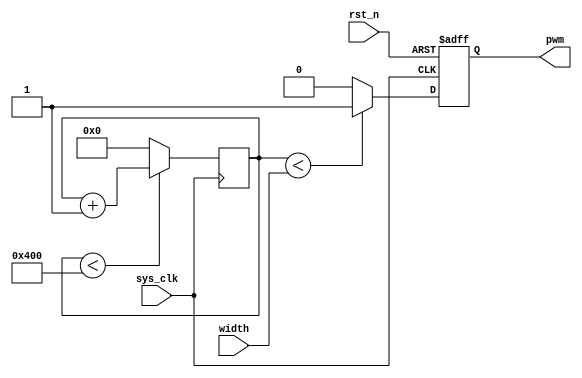
/**
	******************************************************************************
 * Copyright(c) 2019 Tsinghua University
 * All rights reserved
 *
 * pwm.v: .
	******************************************************************************
*/

module pwm
#(
	parameter CLK_FRE         = 200,        		//clock frequency(Mhz)
	parameter PWM_PERIOD      = 16'd1024	// pwm period.
)
(
	input				sys_clk,
	input				rst_n,

	input[15:0]			width,
	output reg			pwm
	);

// Set up the PWM
reg[15:0] pwm_cnt =16'd0;
always@(posedge sys_clk)
begin
	begin
		if(pwm_cnt < PWM_PERIOD) begin
			pwm_cnt <= pwm_cnt + 1'b1;
		end
		else begin
			pwm_cnt <= 16'd0;
		end
	end
end

always@(posedge sys_clk or negedge rst_n)
begin
	if(rst_n == 1'b0) begin
		pwm <= 1'b0;
	end
	else begin
		if(pwm_cnt < width) begin
			pwm <= 1'b1;
		end
		else begin
			pwm <= 1'b0;
		end
	end
end

// analyze trigger
endmodule